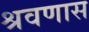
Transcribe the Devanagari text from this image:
श्रवणास